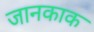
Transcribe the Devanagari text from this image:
जानकाक